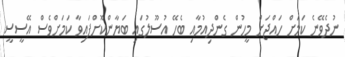
ނުދެވޭނެ ކަމަށް ހައްޖަށް މީހުން ގެންދިއުމާއި ބެހޭ އުސޫލުގައި ބަޔާންކޮށްފައިވާ ކަމަށްވެސް އޭސީސީ